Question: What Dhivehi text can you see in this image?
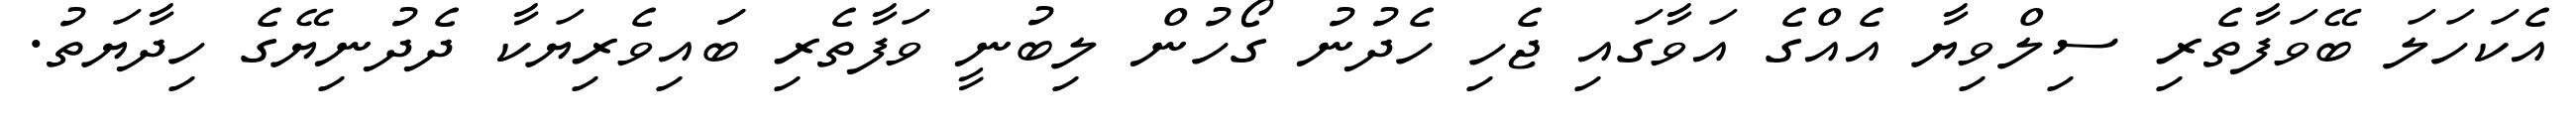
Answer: އެކަހަލަ ބޭވަފާތެރި ސިލްވިޔާ އެއްގެ އަވާގައި ޖެހި ހެދުނު ގޯހުން ލިބުނީ ވަފާތެރި ބަައިވެރިޔަކާ ދެދުނިޔޭގެ ހިދާޔަތު.